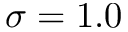
\sigma = 1 . 0